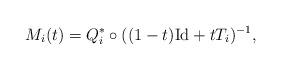
LaTeX: \begin{align*}M_i(t) = Q^*_i \circ ((1-t) \mathrm{Id} + t T_i)^{-1}, \end{align*}